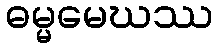
ဓမ္မမေဃဿ